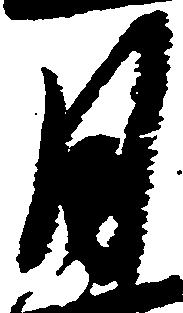
月